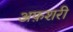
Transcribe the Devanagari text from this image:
अफ़शरी